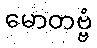
မောတဗ္ဗံ